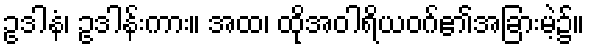
ဥဒါနံ၊ ဥဒါန်းကား။ အထ၊ ထိုအဝါရိယဝဂ်၏အခြားမဲ့၌။